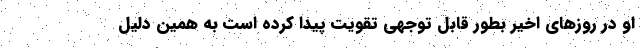
او در روزهای اخیر بطور قابل توجهی تقویت پیدا کرده است به همین دلیل